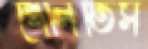
খেলিতিস